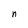
Character: n